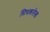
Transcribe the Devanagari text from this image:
मिथकलेख